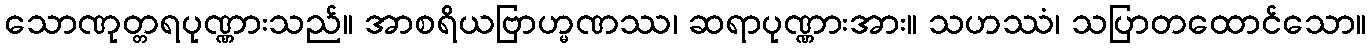
သောဏုတ္တရပုဏ္ဏားသည်။ အာစရိယဗြာဟ္မဏဿ၊ ဆရာပုဏ္ဏားအား။ သဟဿံ၊ သပြာတထောင်သော။